Scottish Leaving Certificate Examination, 1958
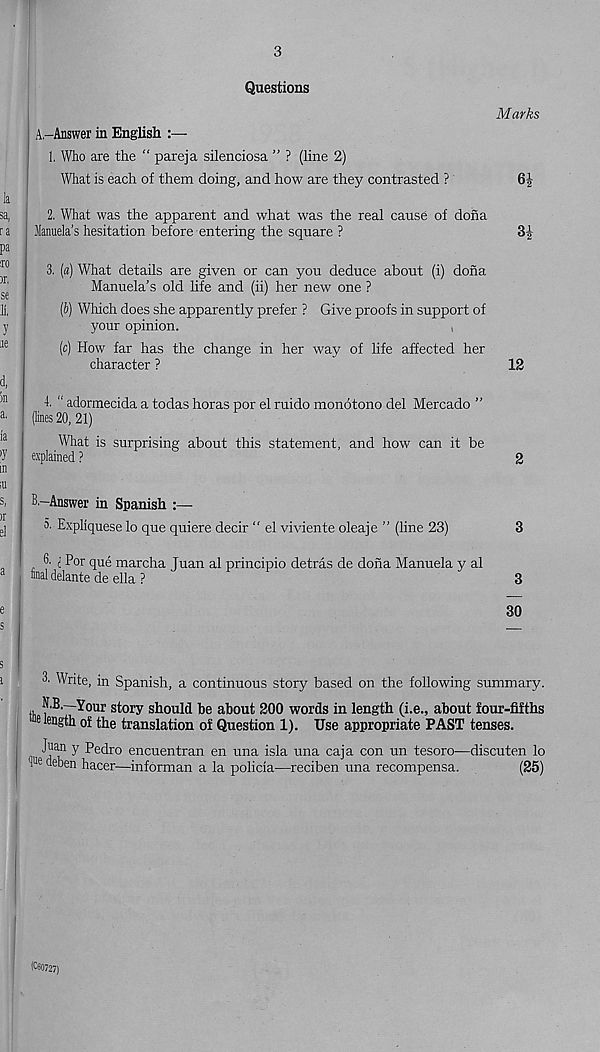
3
Questions
A-Answer in English :—
1. Who are the “ pareja silenciosa ” ? (line 2)
What is each of them doing, and how are they contrasted ?
2. What was the apparent and what was the real cause of dona
Manuela’s hesitation before entering the square ?
3. («) What details are given or can you deduce about (i) dona
Manuela’s old life and (ii) her new one ?
(b) Which does she apparently prefer ? Give proofs in support of
your opinion.
(c) How far has the change in her way of life affected her
character ?
f “ adormecida a todas horas por el ruido monotone del Mercado ”
(lines 20, 21)
What is surprising about this statement, and how can it be
explained ?
Marks
12
2
B.—Answer in Spanish :—
a Expliquese lo que quiere decir “ el viviente oleaje ” (line 23)
3
6- i Por que marcha Juan al principio detras de dona Manuela y al
taal delante de ella ?
3
30
3. Write, in Spanish, a continuous story based on the following summary.
tli f
story should be about 200 words in length (i.e., about four-fifths
e length of the translation of Question 1). Use appropriate PAST tenses.
Juan y Pedro encuentran en una isla una caja con un tesoro—discuten lo
1 e cte ' :)en hacer—informan a la policia—reciben una recompensa.
(25)
(*-60727)